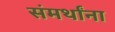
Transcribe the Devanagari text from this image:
संमर्थांना